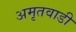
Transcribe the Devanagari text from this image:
अमृतवाडी